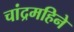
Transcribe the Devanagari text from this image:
चांद्रमहिने